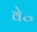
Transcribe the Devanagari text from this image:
वे॰